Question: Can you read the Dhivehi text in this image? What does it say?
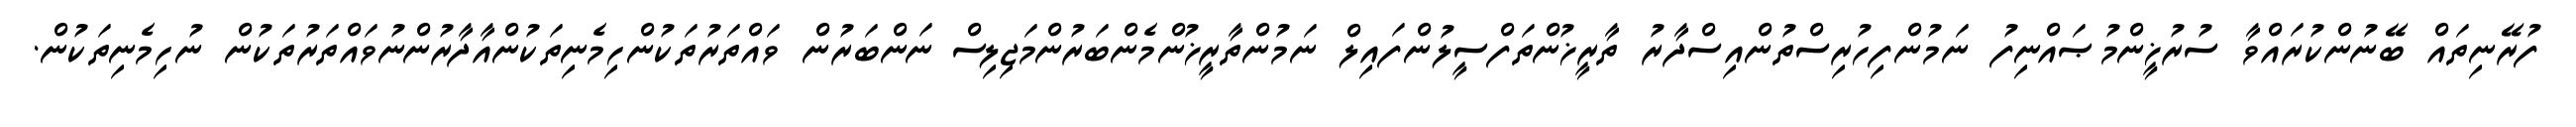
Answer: ފުރޭނިތައް ބޭނުންކުރައްވާ ސުރުޚީންމުޞައްނިފު ނަމުންފިހުރިސްތުންއިސްދާރު ތާރީޚުންތަފްސީލުންފައިލް ނަމުންތާރީޚުންމެންބަރުންމަޖިލިސް ނަންބަރުން ވައްތަރުތަކުންހިމެނިތަކުންއާދާރުންނުވައްތަރުތަކުން ނުހިމެނިތަކުން.